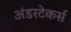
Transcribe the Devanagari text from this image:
अंडरटेकर्स